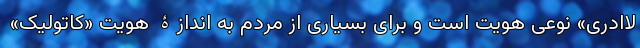
لاادری» نوعی هویت است و برای بسیاری از مردم به اندازۀ هویت «کاتولیک»